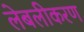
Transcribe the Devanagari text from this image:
लेबलीकरण